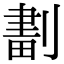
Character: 𠞷